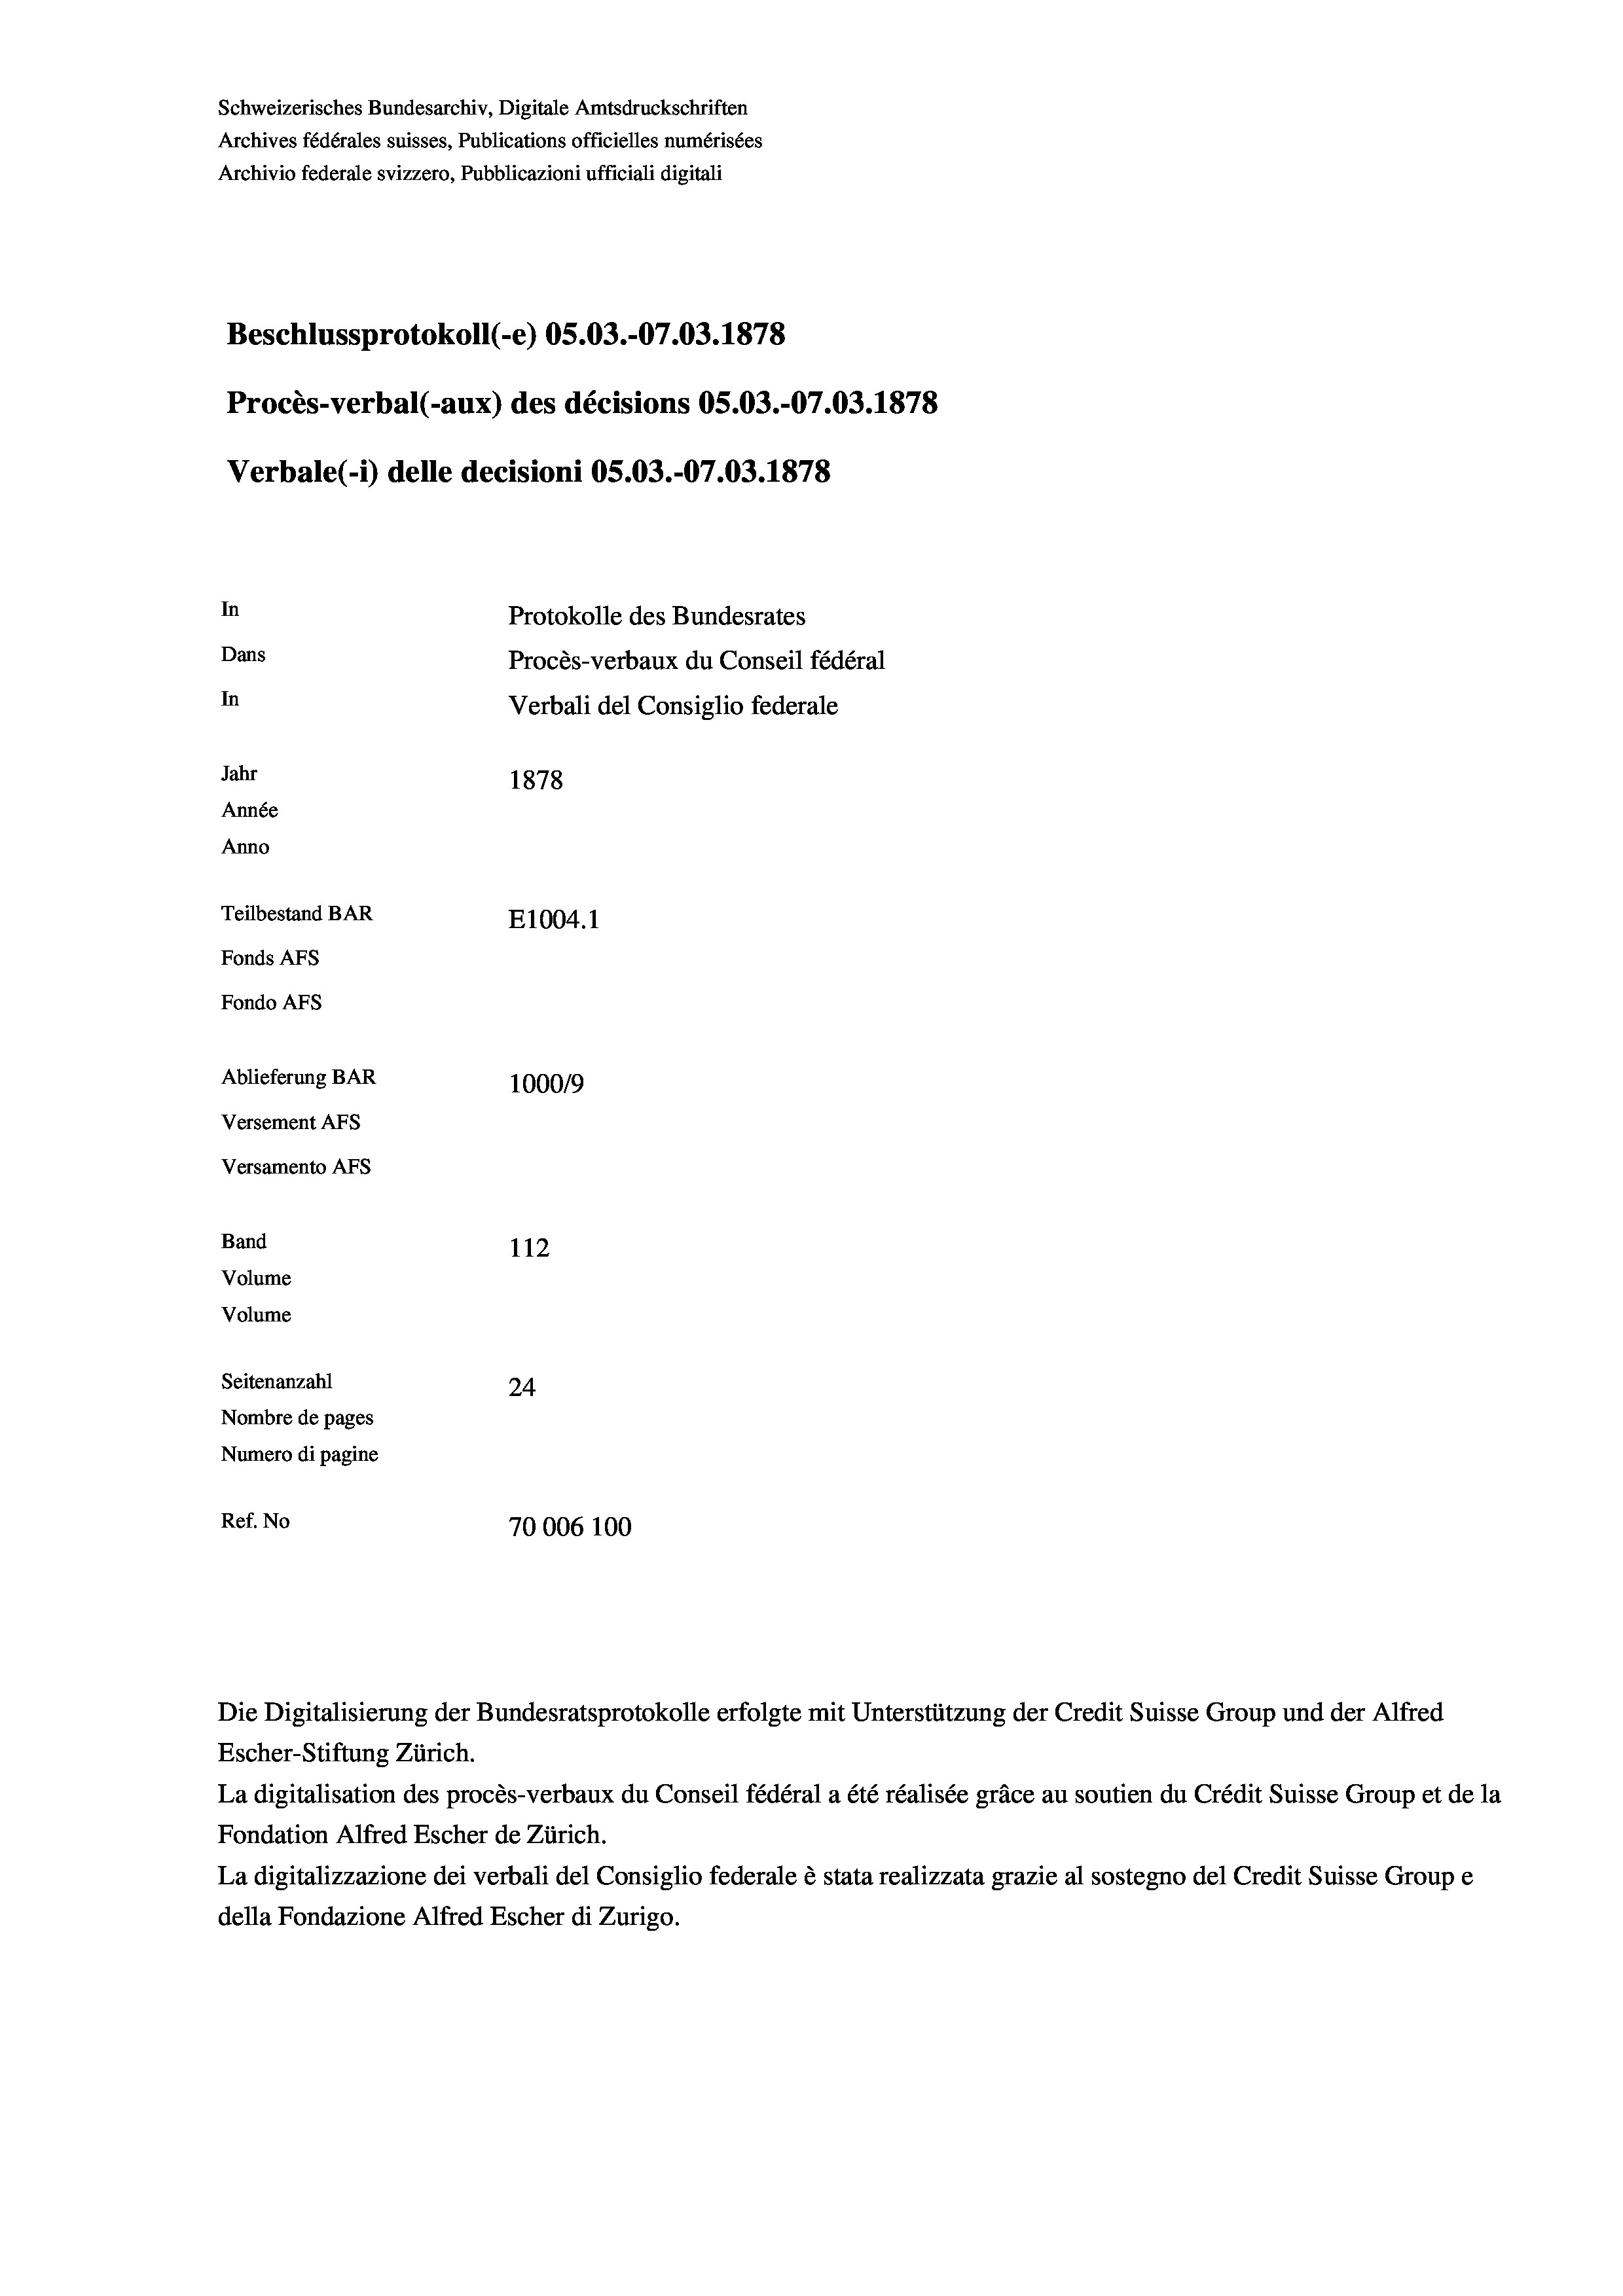
Schweizerisches Bundesarchiv, Digitale Amtsdruckschriften
Archives fédérales suisses, Publications officielles numérisées
Archivio federale svizzero, Pubblicazioni ufficiali digitali
Beschlussprotokoll (-e) OS.03.-07.03. 1878
Procès-verbal (-aux) des décisions OS.03.-07.03. 1878
Verbale (1) delle decisioni OS.03.-07.03. 1878
In
Protokolle des Bundesrates
Dans
Procès-verbaux du Conseil fédéral
In
Verbali del Consiglio federale
Jahr
1878
Année
Anno
Teilbestand BAR
E1004. 1
Fonds AFs
Fondo Afs
Ablieferung BAR
100019
Versement AFs
Versamento AFS
Band
112
Volume
Volume
Seitenanzahl
24
Nombre de pages
Numero di pagine
Ref. No
70006 100

Die Digitalisierung der Bundesratsprotokolle erfolgte mit Unterstützung der Credit Suisse Group und der Alfred

Escher-Stiftung Zürich.
La digitalisation des procès-verbaux du Conseil fédéral a été réalisée gräce au soutien du Crédit Suisse Group et de la
Fondation Alfred Escher de Zürich.
La digitalizzazione dei verbali del Consiglio federale è stata realizzata grazie al sostegno del Credit Suisse Groupe
della Fondazione Alfred Escher di Zurigo.